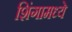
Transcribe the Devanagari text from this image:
शिंगामध्ये